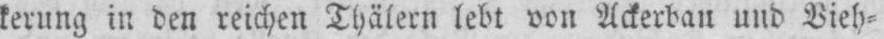
kerung in den reichen Thälern lebt von Ackerbau und Bieh⸗